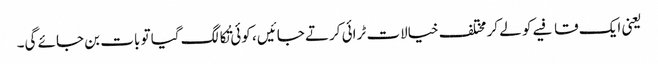
یعنی ایک قافیے کو لے کر مختلف خیالات ٹرائی کرتے جائیں ، کوئی تُکا لگ گیا تو بات بن جائے گی۔